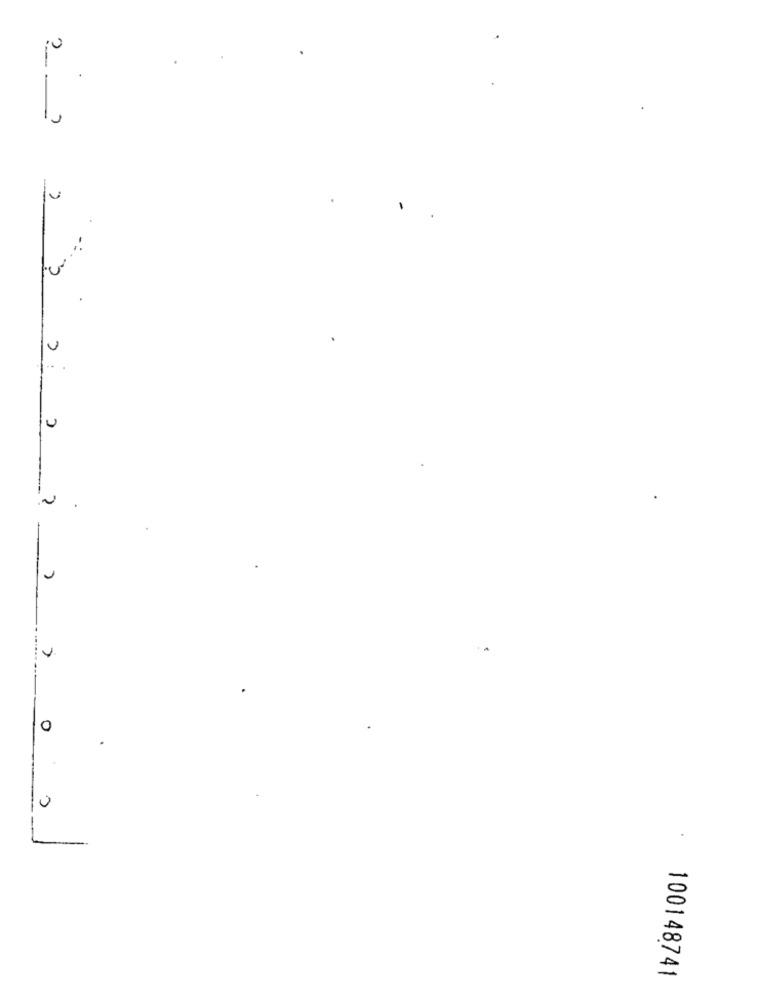
2
3
U
C
0
0
100148741